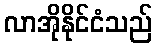
လာအိုနိုင်ငံသည်